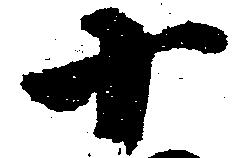
十